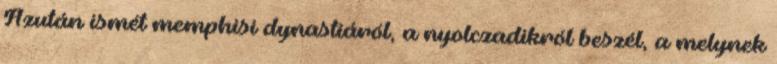
Azután ismét memphisi dynastiáról, a nyolczadikról beszél, a melynek